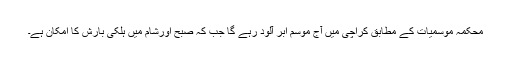
محکمہ موسمیات کے مطابق کراچی میں آج موسم ابر آلود رہے گا جب کہ صبح اورشام میں ہلکی بارش کا امکان ہے۔